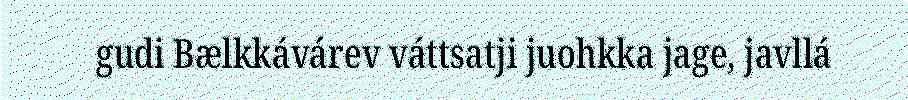
gudi Bælkkávárev váttsatji juohkka jage, javllá